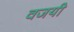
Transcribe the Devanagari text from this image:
वजयी